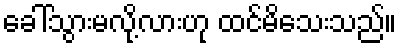
ခေါ်သွားမလို့လားဟု ထင်မိသေးသည်။